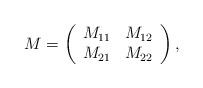
LaTeX: \begin{align*}M=\left( \begin{array}{cc}M_{11} & M_{12} \\ M_{21} & M_{22}\end{array}\right) , \end{align*}